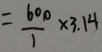
= \frac { 6 0 0 } { 1 } \times 3 . 1 4